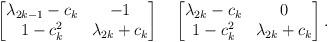
LaTeX: \begin{align*}\begin{bmatrix} \lambda _{2k-1}-c_k & -1 \\ 1-c_k^2 & \lambda _{2k}+c_k \\ \end{bmatrix} \quad\begin{bmatrix} \lambda _{2k}-c_k & 0 \\ 1-c_k^2 & \lambda _{2k}+c_k \\ \end{bmatrix}.\end{align*}